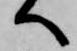
へ